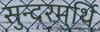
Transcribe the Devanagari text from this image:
सुन्दरमुर्थि